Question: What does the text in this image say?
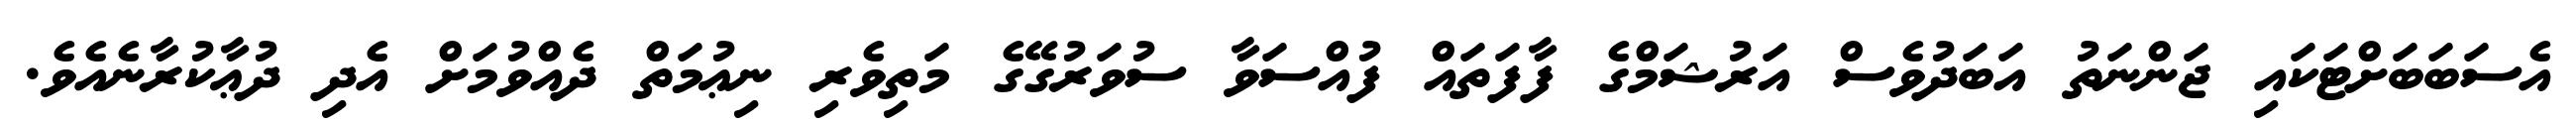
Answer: އެސަބަބަށްޓަކައި ޖަންނަތު އަބަދުވެސް އަރުޝަމްގެ ފާފަތައް ފުއްސަވާ ސުވަރުގޭގެ މަތިވެރި ނިޢުމަތް ދެއްވުމަށް އެދި ދުޢާކުރާނެއެވެ.